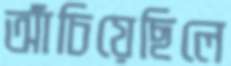
আঁচিয়েছিলে